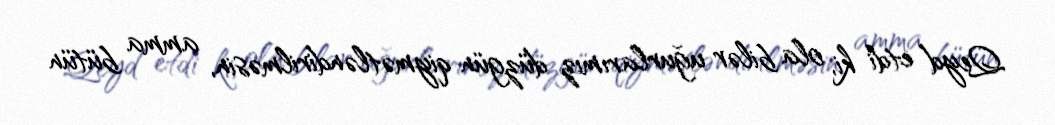
Qeyd etdi ki, ola bilər uğurlarımız düzgün qiymətləndirilməsin, amma bütün